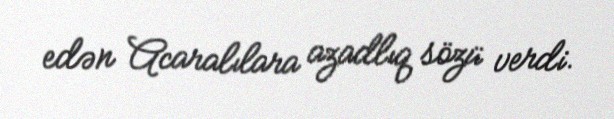
edən Acaralılara azadlıq sözü verdi.